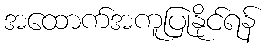
အထောက်အကူပြုနိုင်ရန်